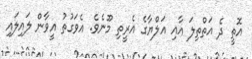
އޮތީ ދެ އަތްތިލަ އާއި އަލްޔާގެ އެރީތި މޫނެވެ. އެވަގުތު އީވާން ލައިލައި